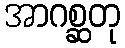
အာဂစ္ဆတု